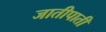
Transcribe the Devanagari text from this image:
जातीपाती